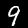
Digit: 9